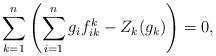
LaTeX: \begin{align*}\sum_{k=1}^n\left(\sum_{i=1}^ng_if_{ik}^k-Z_k(g_k)\right)=0,\end{align*}